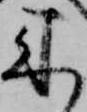
来